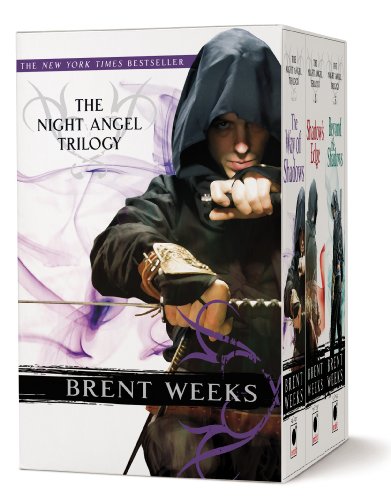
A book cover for The Night Angel Trilogy; Brent Weeks; Literature & Fiction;